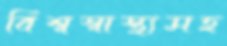
বিশ্বস্বাস্থ্যসহ